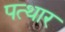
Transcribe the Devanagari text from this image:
पत्थार